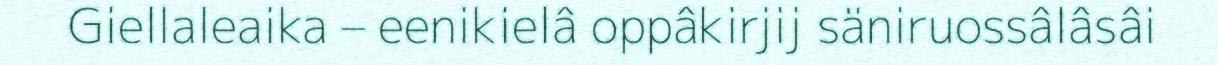
Giellaleaika – eenikielâ oppâkirjij säniruossâlâsâi